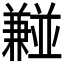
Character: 𫡂